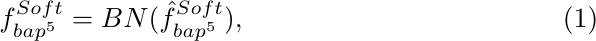
\begin{equation}
{f}^{Soft}_{{bap}^{5}} = BN(\hat{{f}}^{Soft}_{{bap}^{5}}),
\end{equation}